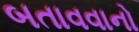
બતાવવાનો